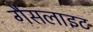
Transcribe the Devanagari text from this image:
गैसलाइट